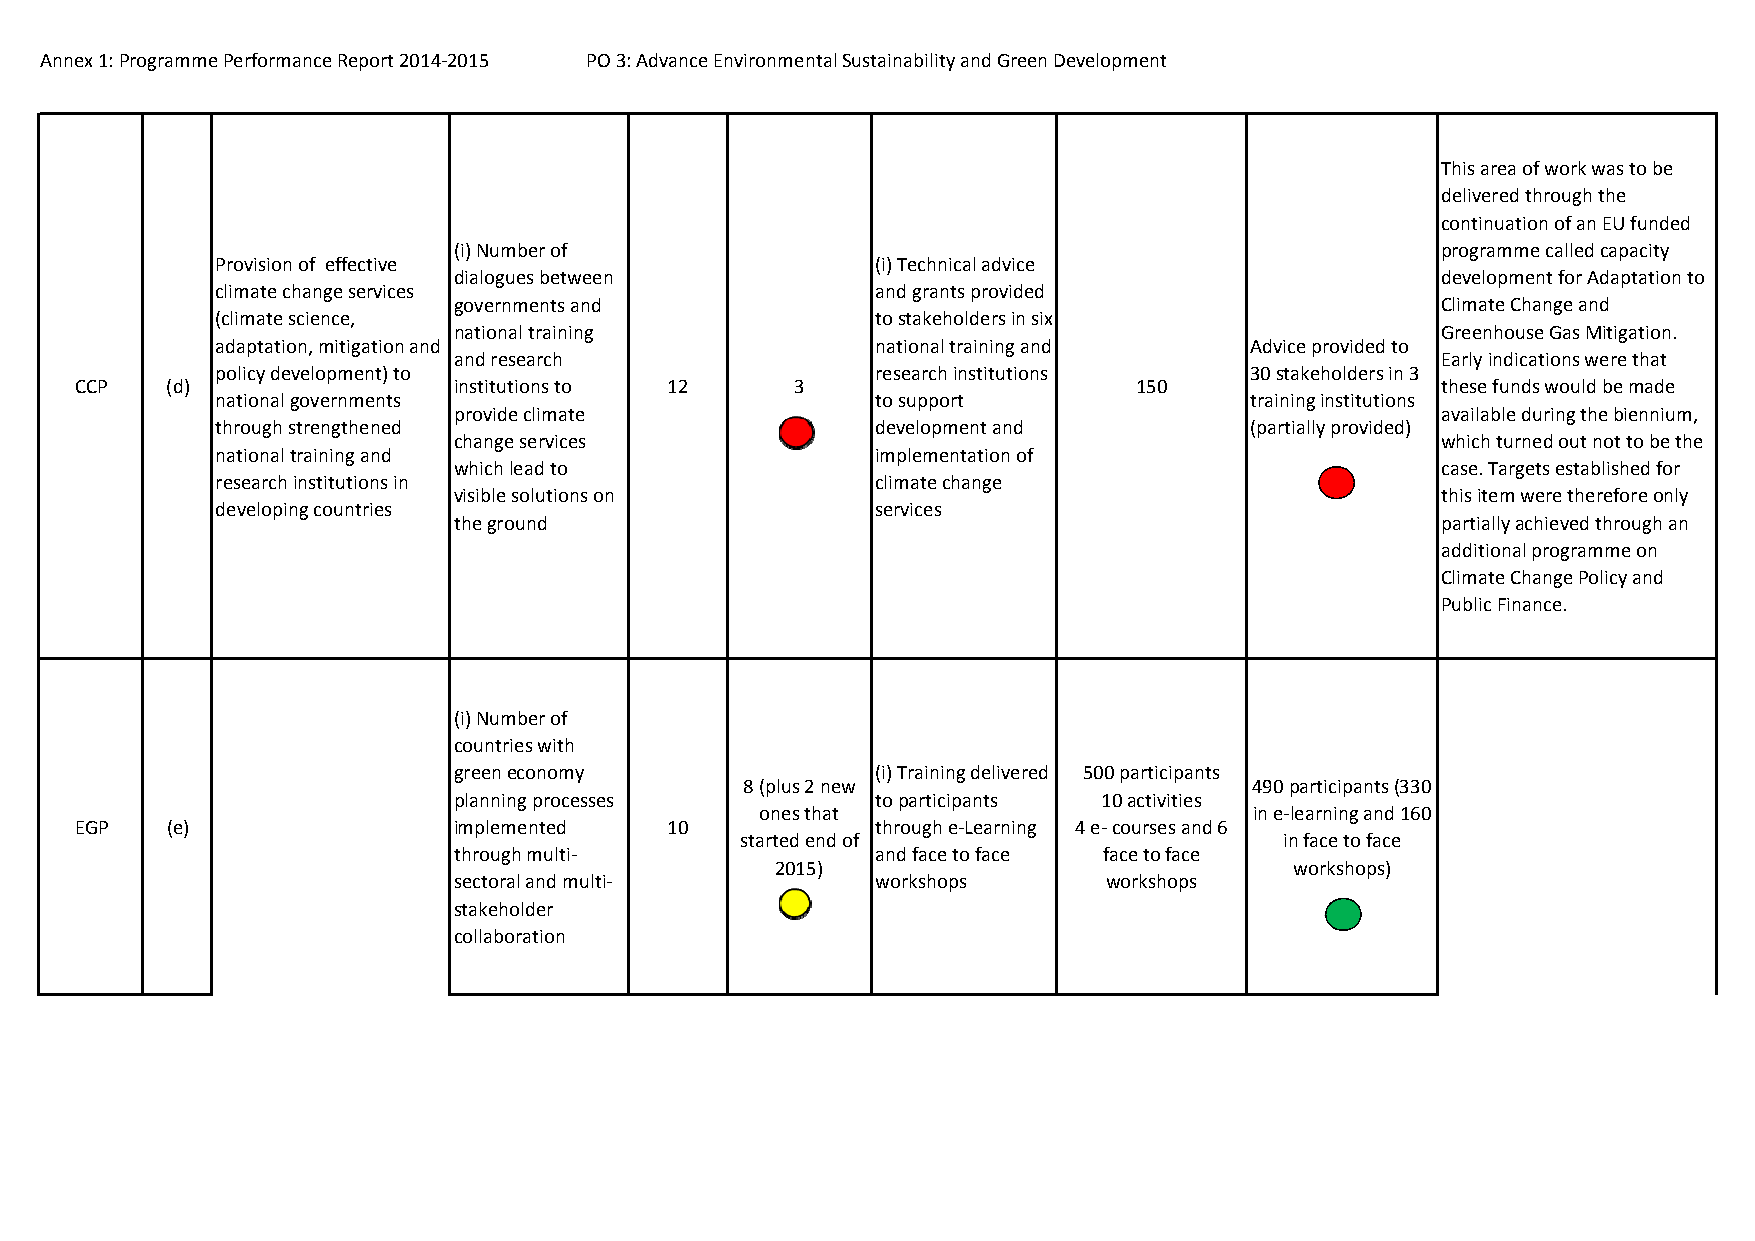
Annex 1: Programme Performance Report 2014‐2015 PO 3: Advance Environmental Sustainability and Green Development
 This area of work was to be
 delivered through the
 continuation of an EU funded
 (i) Number of                                                    programme called capacity
 Provision of effective                      (i) Technical advice
 dialogues between                                                development for Adaptation to
 climate change services                     and grants provided
 governments and                                                  Climate Change and
 (climate science,                           to stakeholders in six
 national training                                                Greenhouse Gas Mitigation.
 adaptation, mitigation and                  national training and    Advice provided to
 and research                                                     Early indications were that
 policy development) to                      research institutions    30 stakeholders in 3
 CCP   (d)                institutions to 12     3                     150                 these funds would be made
 national governments                        to support               training institutions
 provide climate                                                  available during the biennium,
 through strengthened                        development and          (partially provided)
 change services                                                  which turned out not to be the
 national training and                       implementation of
 which lead to                                                    case. Targets established for
 research institutions in                    climate change
 visible solutions on                                             this item were therefore only
 developing countries                        services
 the ground                                                       partially achieved through an
 additional programme on
 Climate Change Policy and
 Public Finance.
 (i) Number of
 countries with
 green economy               (i) Training delivered 500 participants
 8 (plus 2 new                     490 participants (330
 planning processes          to participants 10 activities
 ones that                        in e‐learning and 160
 EGP   (e)                implemented   10            through e‐Learning 4 e‐ courses and 6
 started end of                      in face to face
 through multi‐              and face to face face to face
 2015)                              workshops)
 sectoral and multi‐         workshops      workshops
 stakeholder
 collaboration